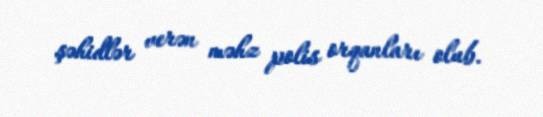
şəhidlər verən məhz polis orqanları olub.